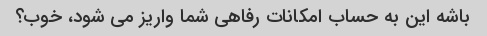
باشه این به حساب امکانات رفاهی شما واریز می شود، خوب؟